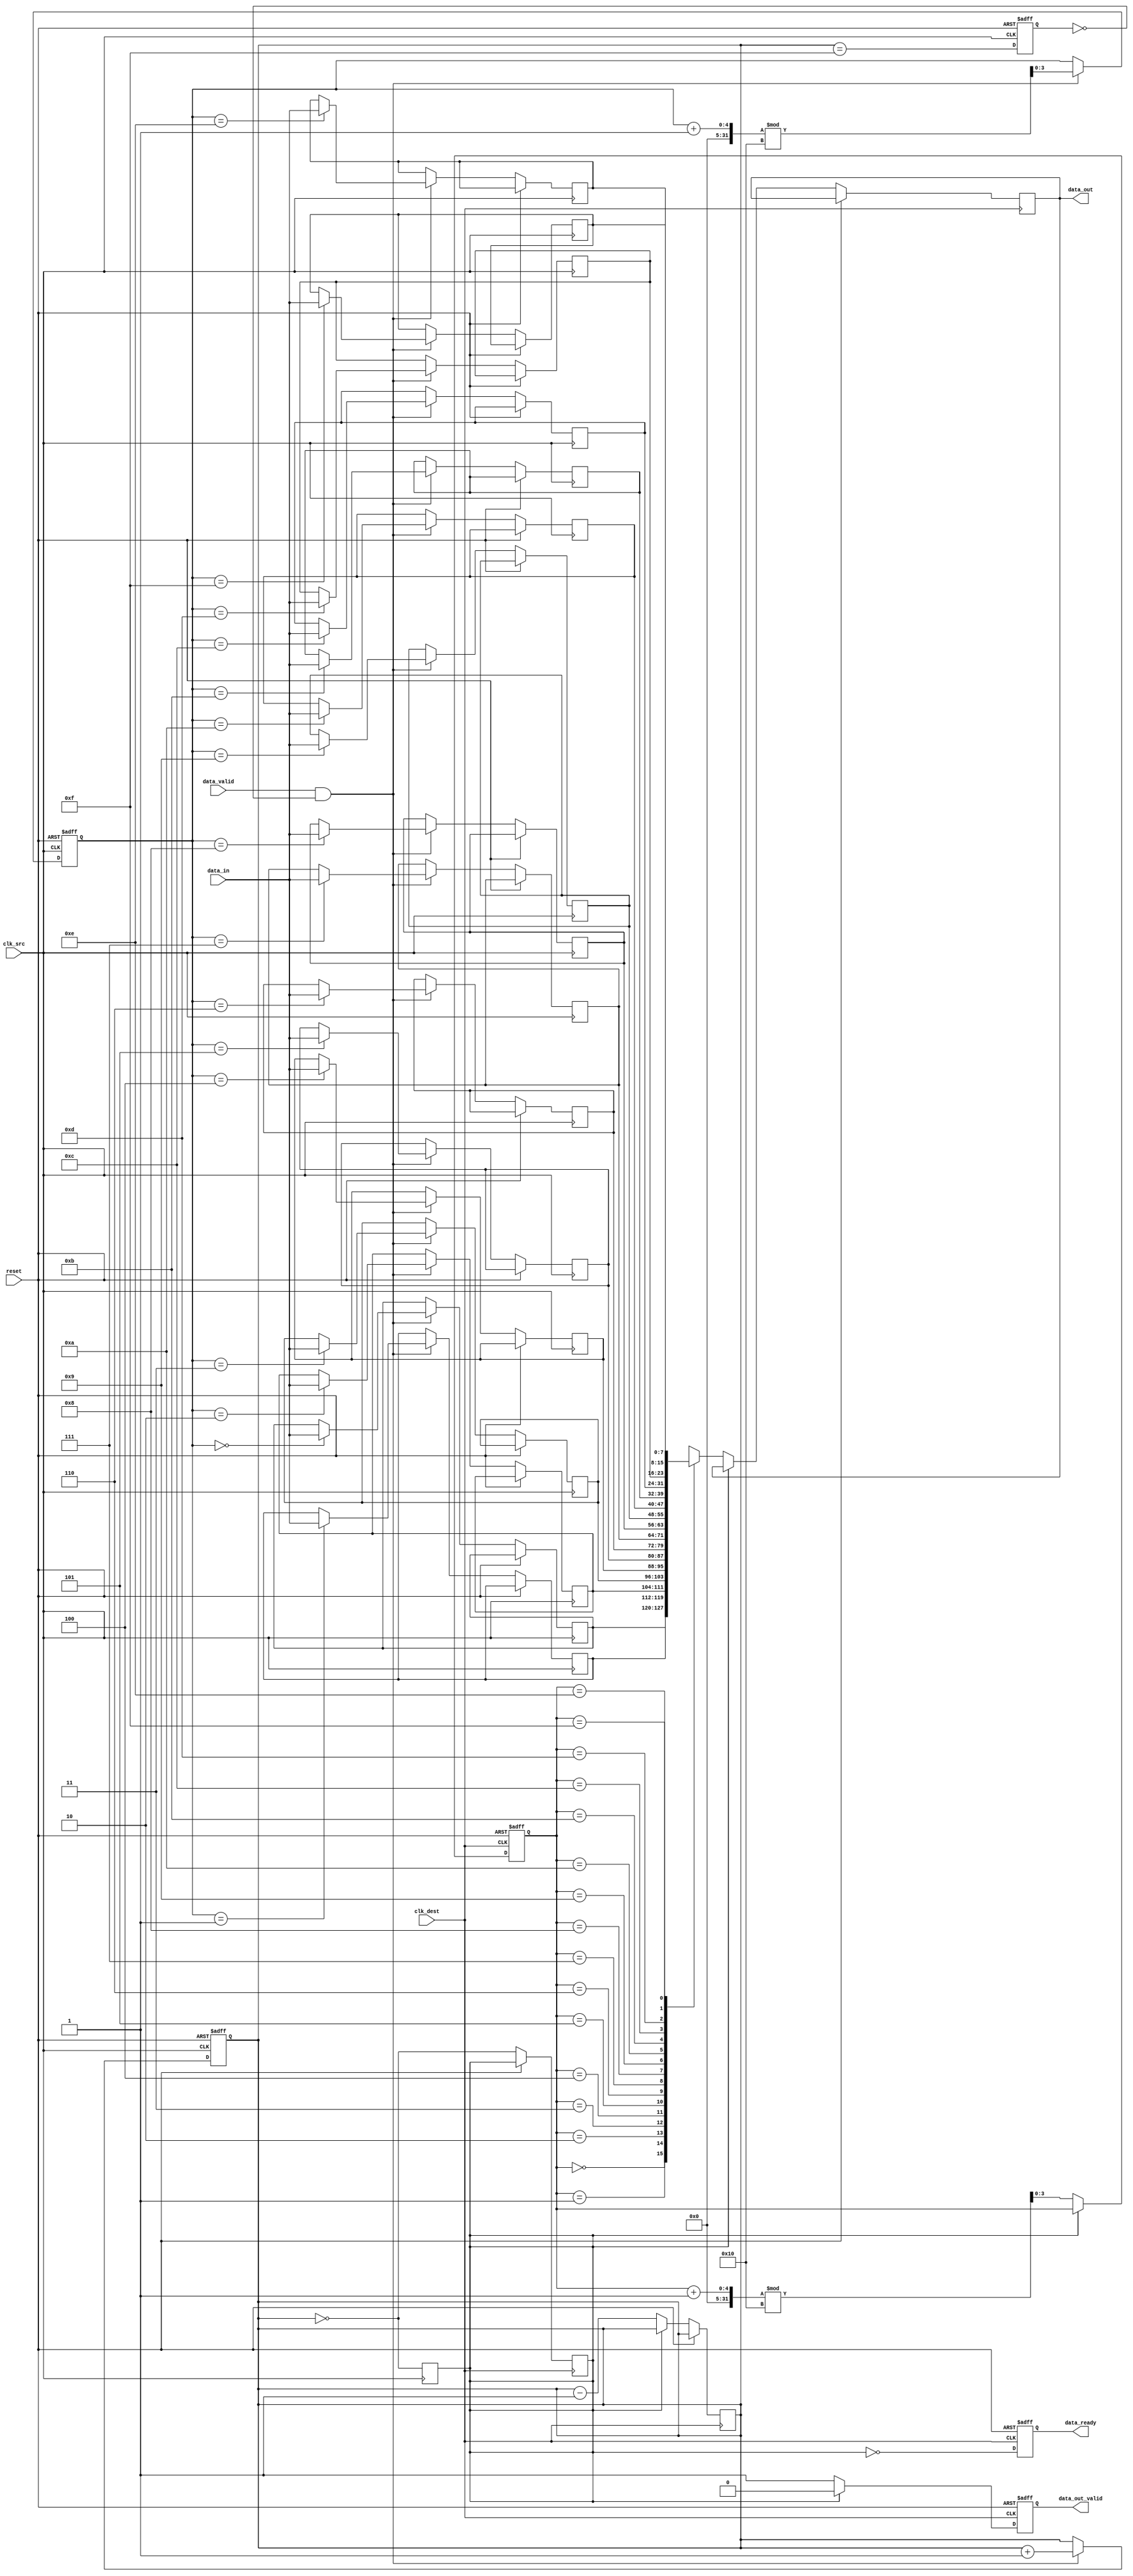
module burst_mode_synchronizer #(
    parameter DATA_WIDTH = 8,   // Width of the data
    parameter FIFO_DEPTH = 16    // Depth of the FIFO
)(
    input wire clk_src,          // Source clock
    input wire clk_dest,         // Destination clock
    input wire reset,            // Asynchronous reset
    input wire [DATA_WIDTH-1:0] data_in, // Data input from source domain
    input wire data_valid,       // Data valid signal from source
    output reg data_ready,       // Data ready signal for destination domain
    output reg [DATA_WIDTH-1:0] data_out, // Data output to destination domain
    output reg data_out_valid    // Data valid signal for output
);

    // FIFO buffer
    reg [DATA_WIDTH-1:0] fifo [0:FIFO_DEPTH-1];
    reg [3:0] write_ptr;        // Write pointer
    reg [3:0] read_ptr;         // Read pointer
    reg [3:0] fifo_count;       // Number of items in FIFO

    // Handshaking signals
    reg fifo_full;
    reg fifo_empty;

    // Reset logic
    always @(posedge clk_src or posedge reset) begin
        if (reset) begin
            write_ptr <= 0;
            fifo_count <= 0;
            fifo_full <= 0;
        end else begin
            if (data_valid && !fifo_full) begin
                fifo[write_ptr] <= data_in;
                write_ptr <= (write_ptr + 1) % FIFO_DEPTH;
                fifo_count <= fifo_count + 1;
            end
            fifo_full <= (fifo_count == FIFO_DEPTH - 1);
        end
    end

    // Read logic for destination clock domain
    always @(posedge clk_dest or posedge reset) begin
        if (reset) begin
            read_ptr <= 0;
            data_out_valid <= 0;
            data_ready <= 0;
        end else begin
            if (!fifo_empty) begin
                data_out <= fifo[read_ptr];
                data_out_valid <= 1;
                read_ptr <= (read_ptr + 1) % FIFO_DEPTH;
                fifo_count <= fifo_count - 1;
            end else begin
                data_out_valid <= 0;
            end

            // Update FIFO empty status
            fifo_empty <= (fifo_count == 0);
            data_ready <= !fifo_empty; // Signal when data is ready to be read
        end
    end

    // FIFO empty and full status
    always @(posedge clk_src) begin
        fifo_empty <= (fifo_count == 0);
    end

endmodule